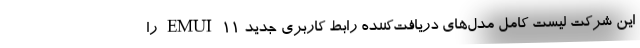
این شرکت لیست کامل مدل‌های دریافت‌کننده رابط کاربری جدید EMUI 11 را